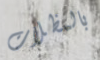
بالمظلات